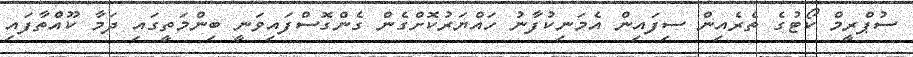
ސުޕްރީމް ކޯޓުގެ ތެރެއިން ސިފައިން އެމަނިކުފާނު ހައްޔަރުކޮށްގެން ގެންގޮސްފައިވަނީ ބިންމަތީގައި ދަމާ ކޫއްތާފައި